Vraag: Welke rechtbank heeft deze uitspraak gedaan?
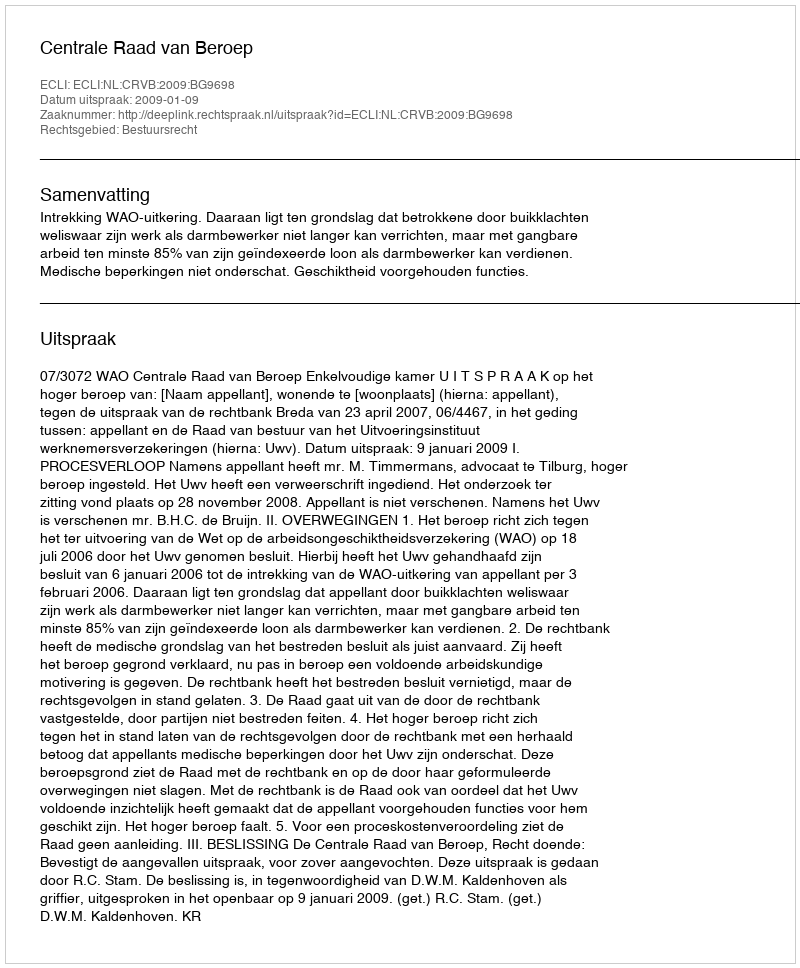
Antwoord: Centrale Raad van Beroep